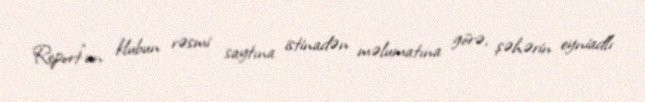
Report"un klubun rəsmi saytına istinadən məlumatına görə, şəhərin eyniadlı